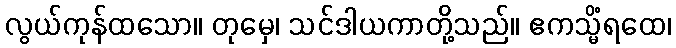
လွယ်ကုန်ထသော။ တုမှေ၊ သင်ဒါယကာတို့သည်။ ဧကသ္မိံရထေ၊